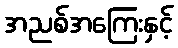
အညစ်အကြေးနှင့်